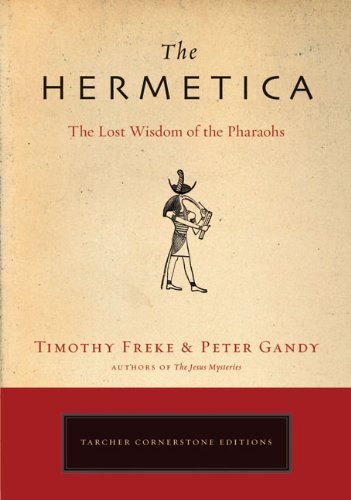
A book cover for The Hermetica: The Lost Wisdom of the Pharaohs; Timothy Freke; History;